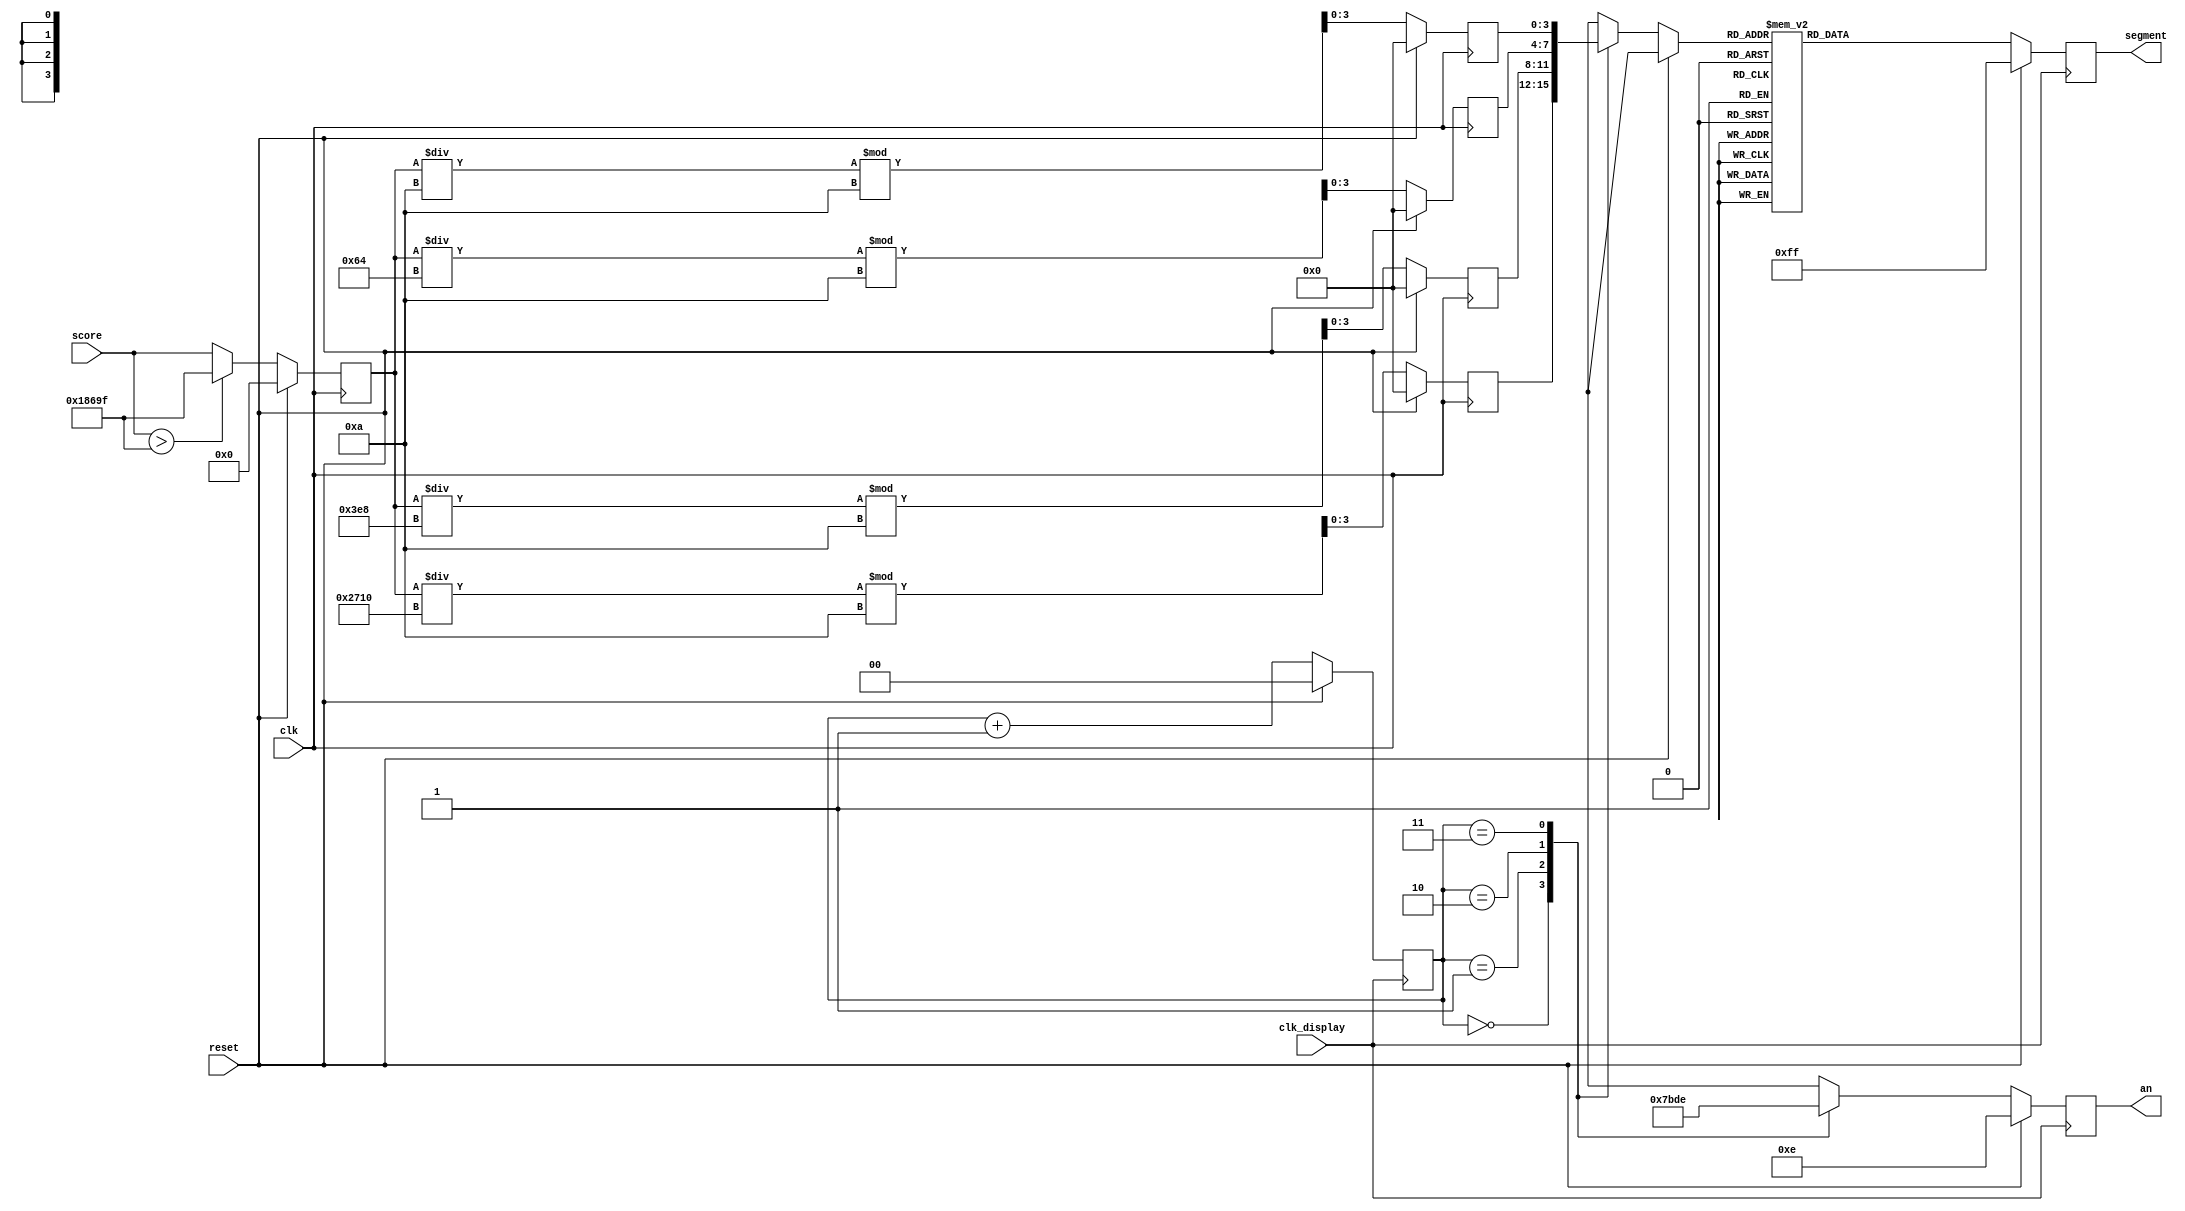
`timescale 1ns / 1ps

module score_system(
    input [16:0] score,
    input reset,
    input clk,
    input clk_display,
    output reg [3:0] an = 4'b1110,
    output reg [7:0] segment = 8'b11111111
    );
    
    reg [1:0] cnt = 0;
    reg [3:0] digit = 0;
    
    reg [3:0] s3 = 0, s2 = 0, s1 = 0, s0 = 0;
    reg [16:0] adj_score = 0; 
    
    always @(posedge clk) begin
          if (reset) begin
                    s3 <= 0;
                    s2 <= 0;
                    s1 <= 0;
                    s0 <= 0;
                    adj_score <= 0;
            end else begin
            if (score > 99999) begin
                adj_score <= 99999;
            end else begin
                adj_score <= score;
            end
            
            s3 <= (adj_score / 10000) % 10;
            s2 <= (adj_score / 1000) % 10;
            s1 <= (adj_score / 100) % 10;
            s0 <= (adj_score / 10) % 10;
        end
    end
        
     always @(posedge clk_display) begin
           if (reset) begin
               an = 4'b1110;
               segment = 8'b11111111;
               digit = 0;  
               cnt <= 0;
           end else begin
               case (cnt)
                   0: begin
                       an = 4'b0111;
                       digit = s3;
                   end
                   1: begin
                      an = 4'b1011;
                      digit = s2;
                   end
                   2: begin
                      an = 4'b1101;
                      digit = s1;
                   end
                   3: begin
                      an = 4'b1110;
                      digit = s0;
                   end
               endcase
               cnt <= cnt + 1;
               
               case (digit)
                   4'h0: segment = 8'b11000000;
                   4'h1: segment = 8'b11111001;
                   4'h2: segment = 8'b10100100;
                   4'h3: segment = 8'b10110000;
                   4'h4: segment = 8'b10011001;
                   4'h5: segment = 8'b10010010;
                   4'h6: segment = 8'b10000010;
                   4'h7: segment = 8'b11111000;
                   4'h8: segment = 8'b10000000;
                   4'h9: segment = 8'b10010000;
                   default: segment = 8'b11111111;
               endcase
           end
       end
    
endmodule